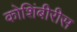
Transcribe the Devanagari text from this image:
कोशिंबीरीस